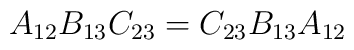
A_{12} B_{13} C_{23} = C_{23} B_{13} A_{12}